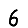
Digit: 6